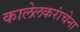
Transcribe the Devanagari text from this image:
कालेलकरांचेना